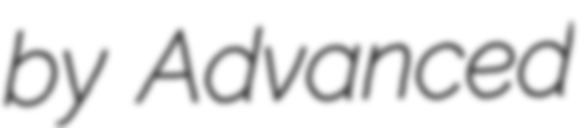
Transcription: by Advanced